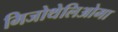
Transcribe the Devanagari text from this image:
मिजोथेलिओमा